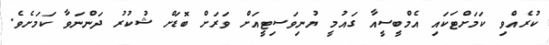
ކުރެއްވި ކަމަށްޓަކައި އެމްބީސީއާ ގައުމީ ޔުނިވަސިޓީއަށް ވަރަށް ބޮޑަށް ޝުކުރު ދަންނަވާ ކަމަށެވެ.